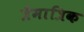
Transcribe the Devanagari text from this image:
त्रैमात्रिक